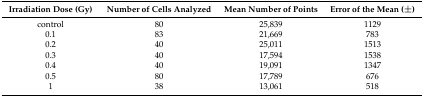
| Irradiation Dose (Gy) | Number of Cells Analyzed | Mean Number of Points | Error of the Mean (±) |
 | --- | --- | --- | --- |
 | control | 80 | 25,839 | 1129 |
 | 0.1 | 83 | 21,669 | 783 |
 | 0.2 | 40 | 25,011 | 1513 |
 | 0.3 | 40 | 17,594 | 1538 |
 | 0.4 | 40 | 19,091 | 1347 |
 | 0.5 | 80 | 17,789 | 676 |
 | 1 | 38 | 13,061 | 518 |